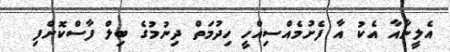
އެލީނާއާ އެކު އާ ފެށުމެއްސިއްހީ ހިދުމަތް ދިނުމުގެ ބިލް ފާސްކޮށްފި